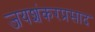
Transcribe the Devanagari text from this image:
जयशंकरप्रसाद